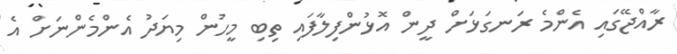
ރާއްޖޭގައި އެންމެ ރަނގަޅަށް ދީން އޮޅުންފިލާފައި ތިބި މީހުން މިޔަދު އެންމެންނަށް އެ